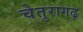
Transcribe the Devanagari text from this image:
चेतुरागढ़